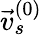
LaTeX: \vec{v}_{s}^{(0)}